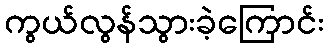
ကွယ်လွန်သွားခဲ့ကြောင်း